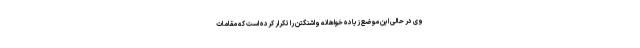
وی در حالی این موضع زیاده خواهانه واشنگتن را تکرار کرده است که مقامات